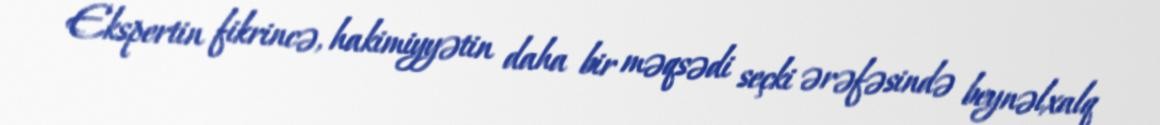
Ekspertin fikrincə, hakimiyyətin daha bir məqsədi seçki ərəfəsində beynəlxalq